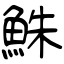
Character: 鮢